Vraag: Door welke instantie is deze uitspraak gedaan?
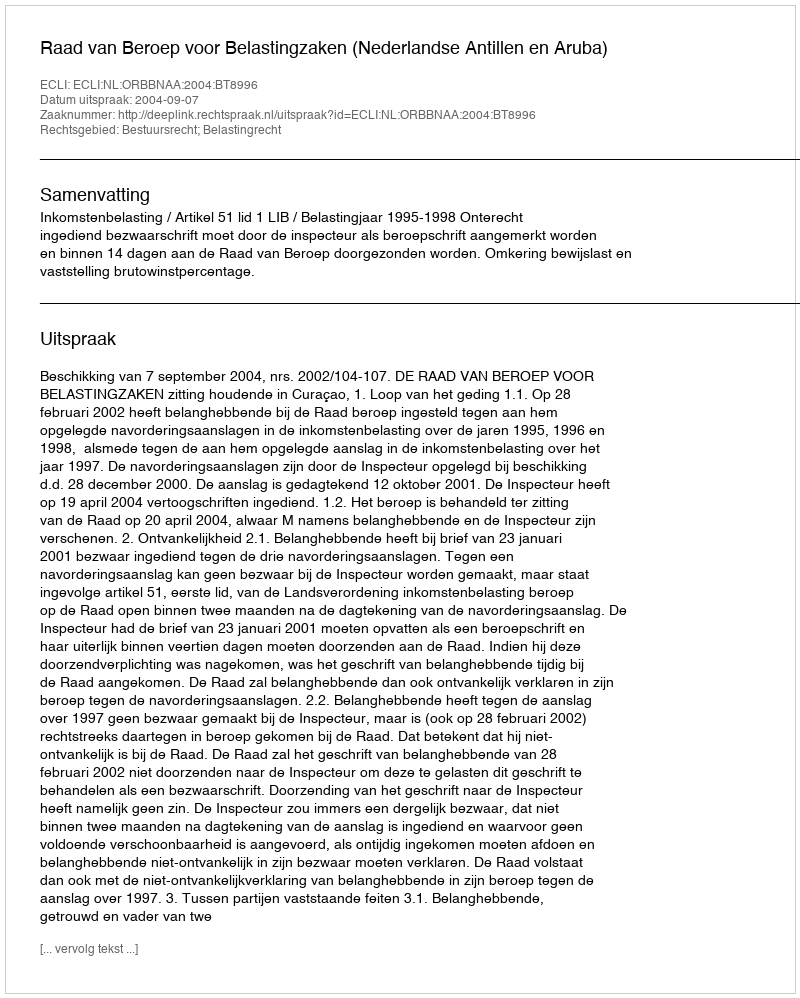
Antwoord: Raad van Beroep voor Belastingzaken (Nederlandse Antillen en Aruba)